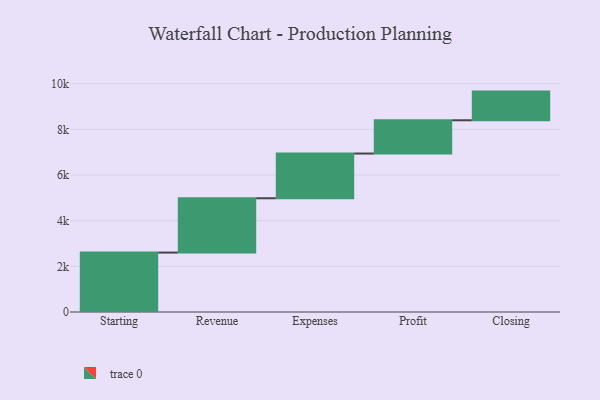
{"axis": {"x": "Step", "y": "Value"}, "legend": [""], "data": [{"x": "Starting", "y": 2604.0, "type": ""}, {"x": "Revenue", "y": 2380.0, "type": ""}, {"x": "Expenses", "y": 1959.0, "type": ""}, {"x": "Profit", "y": 1458.0, "type": ""}, {"x": "Closing", "y": 1256.0, "type": ""}]}